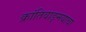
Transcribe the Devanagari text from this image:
क्रांतिवाङ्मयाचा